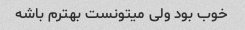
خوب بود ولی میتونست بهترم باشه